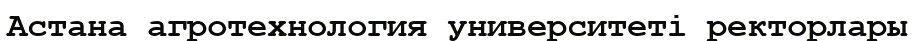
Астана агротехнология университеті ректорлары